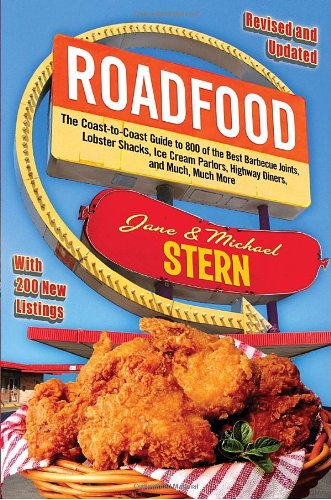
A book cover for Roadfood: The Coast-to-Coast Guide to 800 of the Best Barbecue Joints, Lobster Shacks, Ice Cream Parlors, Highway Diners, and Much, Much More; Jane Stern; Cookbooks, Food & Wine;